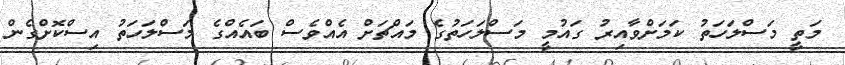
މަތީ މަސްލަހަތު ކަމަށްވާއިރު ގައުމީ މަސްލަހަތުގެ މައްޗަށް އެއްވެސް ބައެއްގެ މަސްލަހަތު އިސްކޮށްގެން